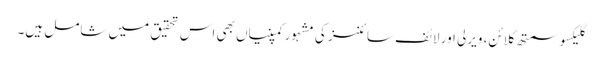
گلیکسو سمتھ کلائن، ویرلی اور لائف سائنسز کی مشہور کمپنیاں بھی اس تحقیق میں شامل ہیں۔